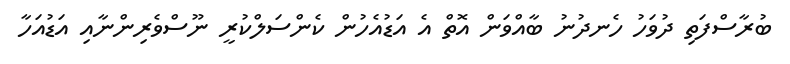
ބުރާސްފަތި ދުވަހު ހެނދުނު ބާއްވަން އޮތް އެ އަޑުއެހުން ކެންސަލްކުރީ ނޫސްވެރިންނާއި އަޑުއަހާ